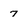
Character: 7